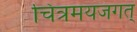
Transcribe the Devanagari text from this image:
चित्रमयजगत्‌